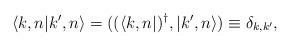
LaTeX: \begin{align*}\langle k,n|k^{\prime },n\rangle =((\langle k,n|)^{\dagger },|k^{\prime},n\rangle )\equiv \delta _{k,k^{\prime }},\end{align*}